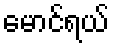
မောင်ရယ်